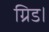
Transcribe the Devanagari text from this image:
ग्रिड।